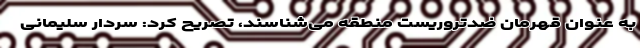
به عنوان قهرمان ضدتروریست منطقه می‌شناسند، تصریح کرد: سردار سلیمانی